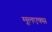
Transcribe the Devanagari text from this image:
मूलएक्स